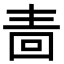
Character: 𭍠